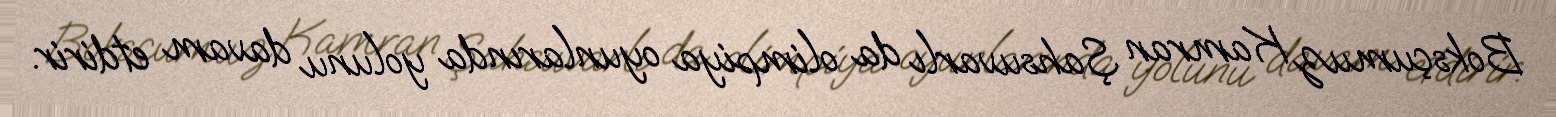
Boksçumuz Kamran Şahsuvarlı da olimpiya oyunlarında yolunu davam etdirir.